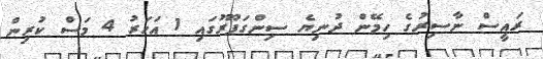
ރައީސް ނާސިރުގެ ހިމޭން ދުނިޔެ ސިންގަޕޫރުގައި 1 އަހަރު 4 މަސް ކުރިން